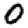
Digit: 0